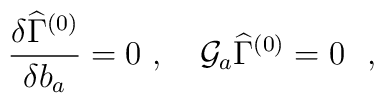
{{\frac{\delta \widehat\Gamma^{(0)}}{\delta b_a}}}=0 \ ,\quad {\cal G}_a\widehat{\Gamma}^{(0)}=0~~,